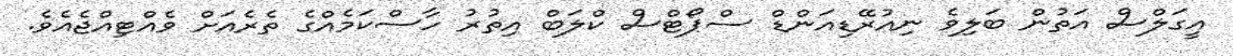
އީގަލްސް އަތުން ބަލިވެ ނިއުރޭޑިއަންޑް ސްޕޯޓްސް ކްލަބް އިތުރު ހާސްކަމެއްގެ ތެރެއަށް ވެއްޓިއްޖެއެވެ.